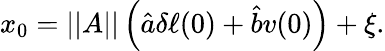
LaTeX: \begin{array}{r}{x_{0}=||A||\left(\hat{a}\delta\ell(0)+\hat{b}v(0)\right)+\xi.}\end{array}